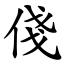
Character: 俴